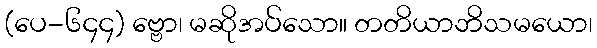
(ပေ-၆၄၄) ဗ္ဗော၊ မဆိုအပ်သော။ တတိယာဘိသမယော၊